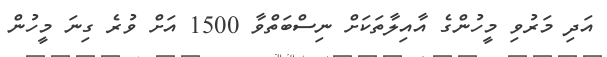
އަދި މަރުވި މީހުންގެ އާއިލާތަކަށް ނިސްބަތްވާ 1500 އަށް ވުރެ ގިނަ މީހުން